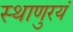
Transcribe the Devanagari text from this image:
स्थाणुरयं